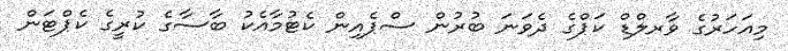
މިއަހަރުގެ ވާރލްޑް ކަޕްގެ ދެވަނަ ބުރުން ސްޕެއިން ކެޓުމާއެކު ބާސާގެ ކުރީގެ ކެޕްޓަން